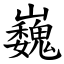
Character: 巍